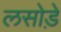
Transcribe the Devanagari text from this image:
लसोडे़